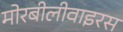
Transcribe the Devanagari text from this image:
मोरबीलीवाइरस